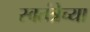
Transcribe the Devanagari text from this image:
स्वतंत्रेच्या